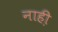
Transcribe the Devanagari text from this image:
नाही़